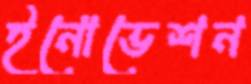
ইনোভেশন